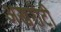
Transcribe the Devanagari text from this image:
अखरोटी